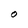
Character: O